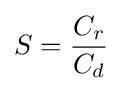
S={\frac {C_{r}}{C_{d}}}